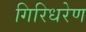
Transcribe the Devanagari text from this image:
गिरिधरेण